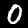
Label: 0